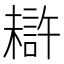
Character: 𰘦